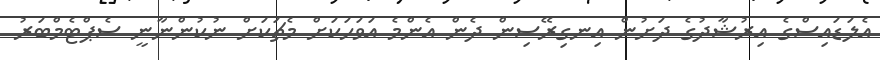
އެލަޑައިސްގެ އިރުޝާދުގެ ދަށުން އިނގިރޭސިން ދެން އެންމެ އަވަހަކަށް މެޗަކަށް ނުކުންނާނީ ސެޕްޓެމްބަރު